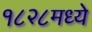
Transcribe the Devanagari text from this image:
१८२८मध्ये